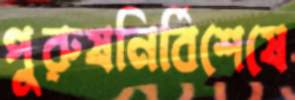
পুরুষনির্বিশেষে